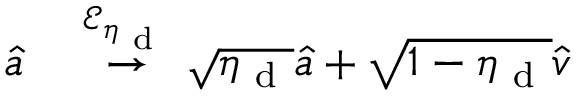
\begin{array} { r l } { \hat { a } } & { { } \overset { \mathcal { E } _ { \eta _ { \mathrm { ~ d ~ } } } } { \rightarrow } \sqrt { \eta _ { \mathrm { ~ d ~ } } } \hat { a } + \sqrt { 1 - \eta _ { \mathrm { ~ d ~ } } } \hat { v } } \end{array}